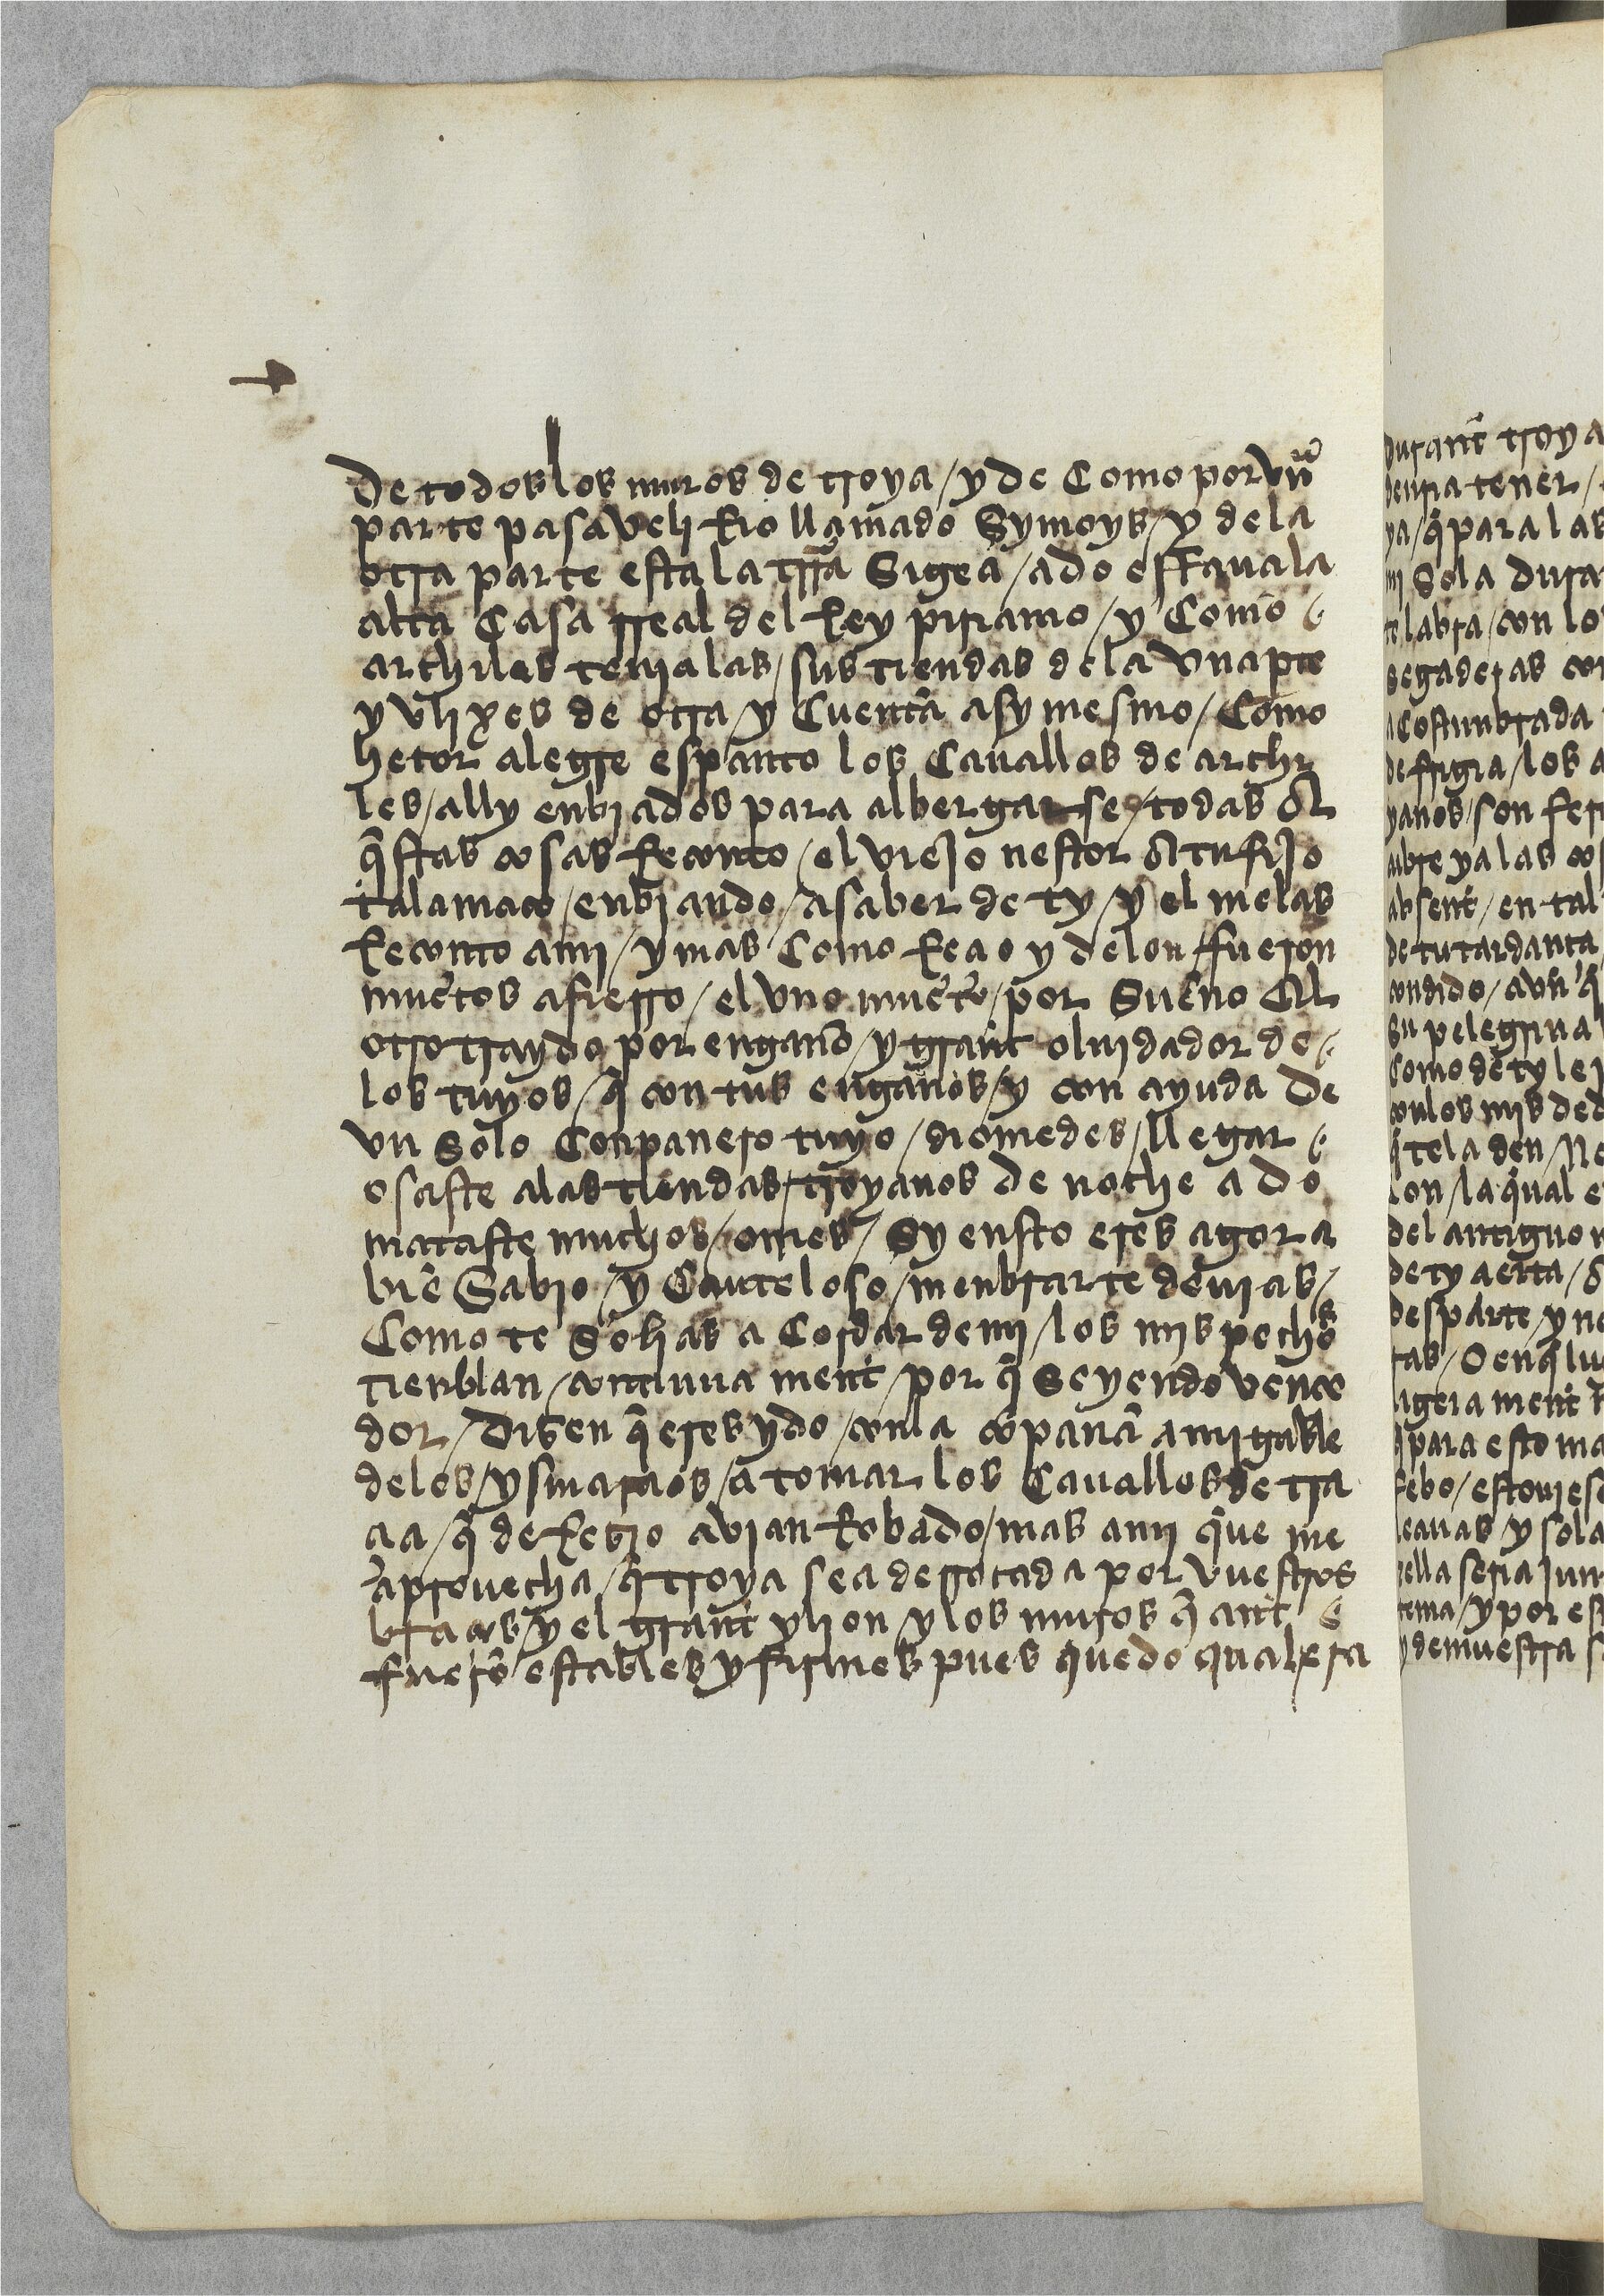
Shelfmark: Paris, BnF, esp. 533
Century: 15